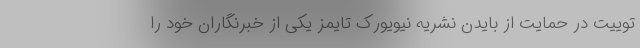
توییت در حمایت از بایدن نشریه نیویورک تایمز یکی از خبرنگاران خود را